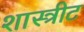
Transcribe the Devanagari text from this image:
शास्त्रीट